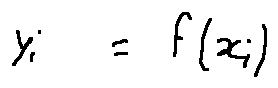
y _ { i } = f ( x _ { i } )